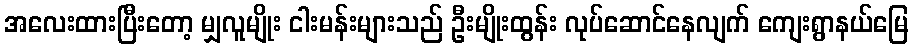
အလေးထားပြီးတော့ မျှလူမျိုး ငါးမန်းများသည် ဦးမျိုးထွန်း လုပ်ဆောင်နေလျက် ကျေးရွာနယ်မြေ